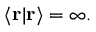
\langle \mathbf { r } | \mathbf { r } \rangle = \infty .